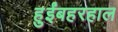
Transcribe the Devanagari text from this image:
हुईंबहरहाल